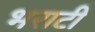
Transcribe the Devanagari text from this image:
भराटी